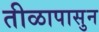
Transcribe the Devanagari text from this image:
तीळापासुन